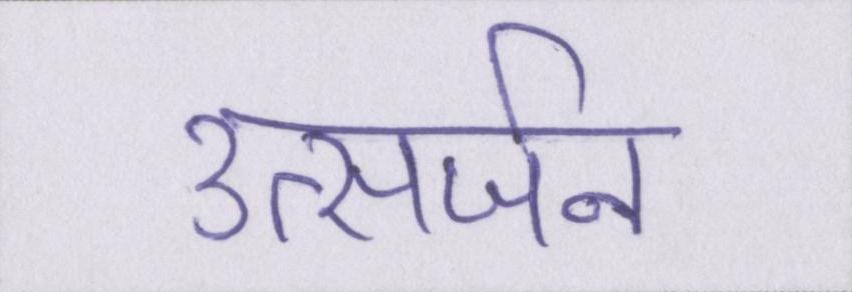
उत्सर्जन